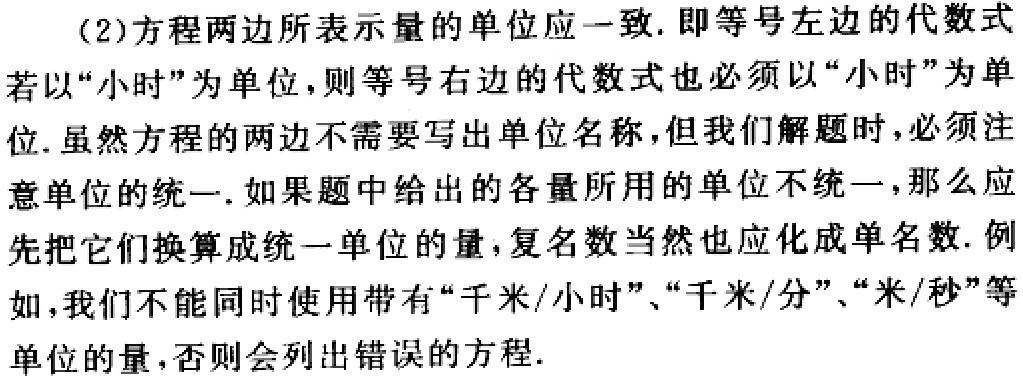
(2)方程两边所表示量的单位应一致. 即等号左边的代数式若以“小时”为单位，则等号右边的代数式也必须以“小时”为单位. 虽然方程的两边不需要写出单位名称，但我们解题时，必须注意单位的统一. 如果题中给出的各量所用的单位不统一，那么应先把它们换算成统一单位的量，复名数当然也应化成单名数. 例如，我们不能同时使用带有“千米/小时”、“千米/分”、“米/秒”等单位的量，否则会列出错误的方程.